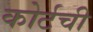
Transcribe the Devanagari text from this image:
कोर्टची